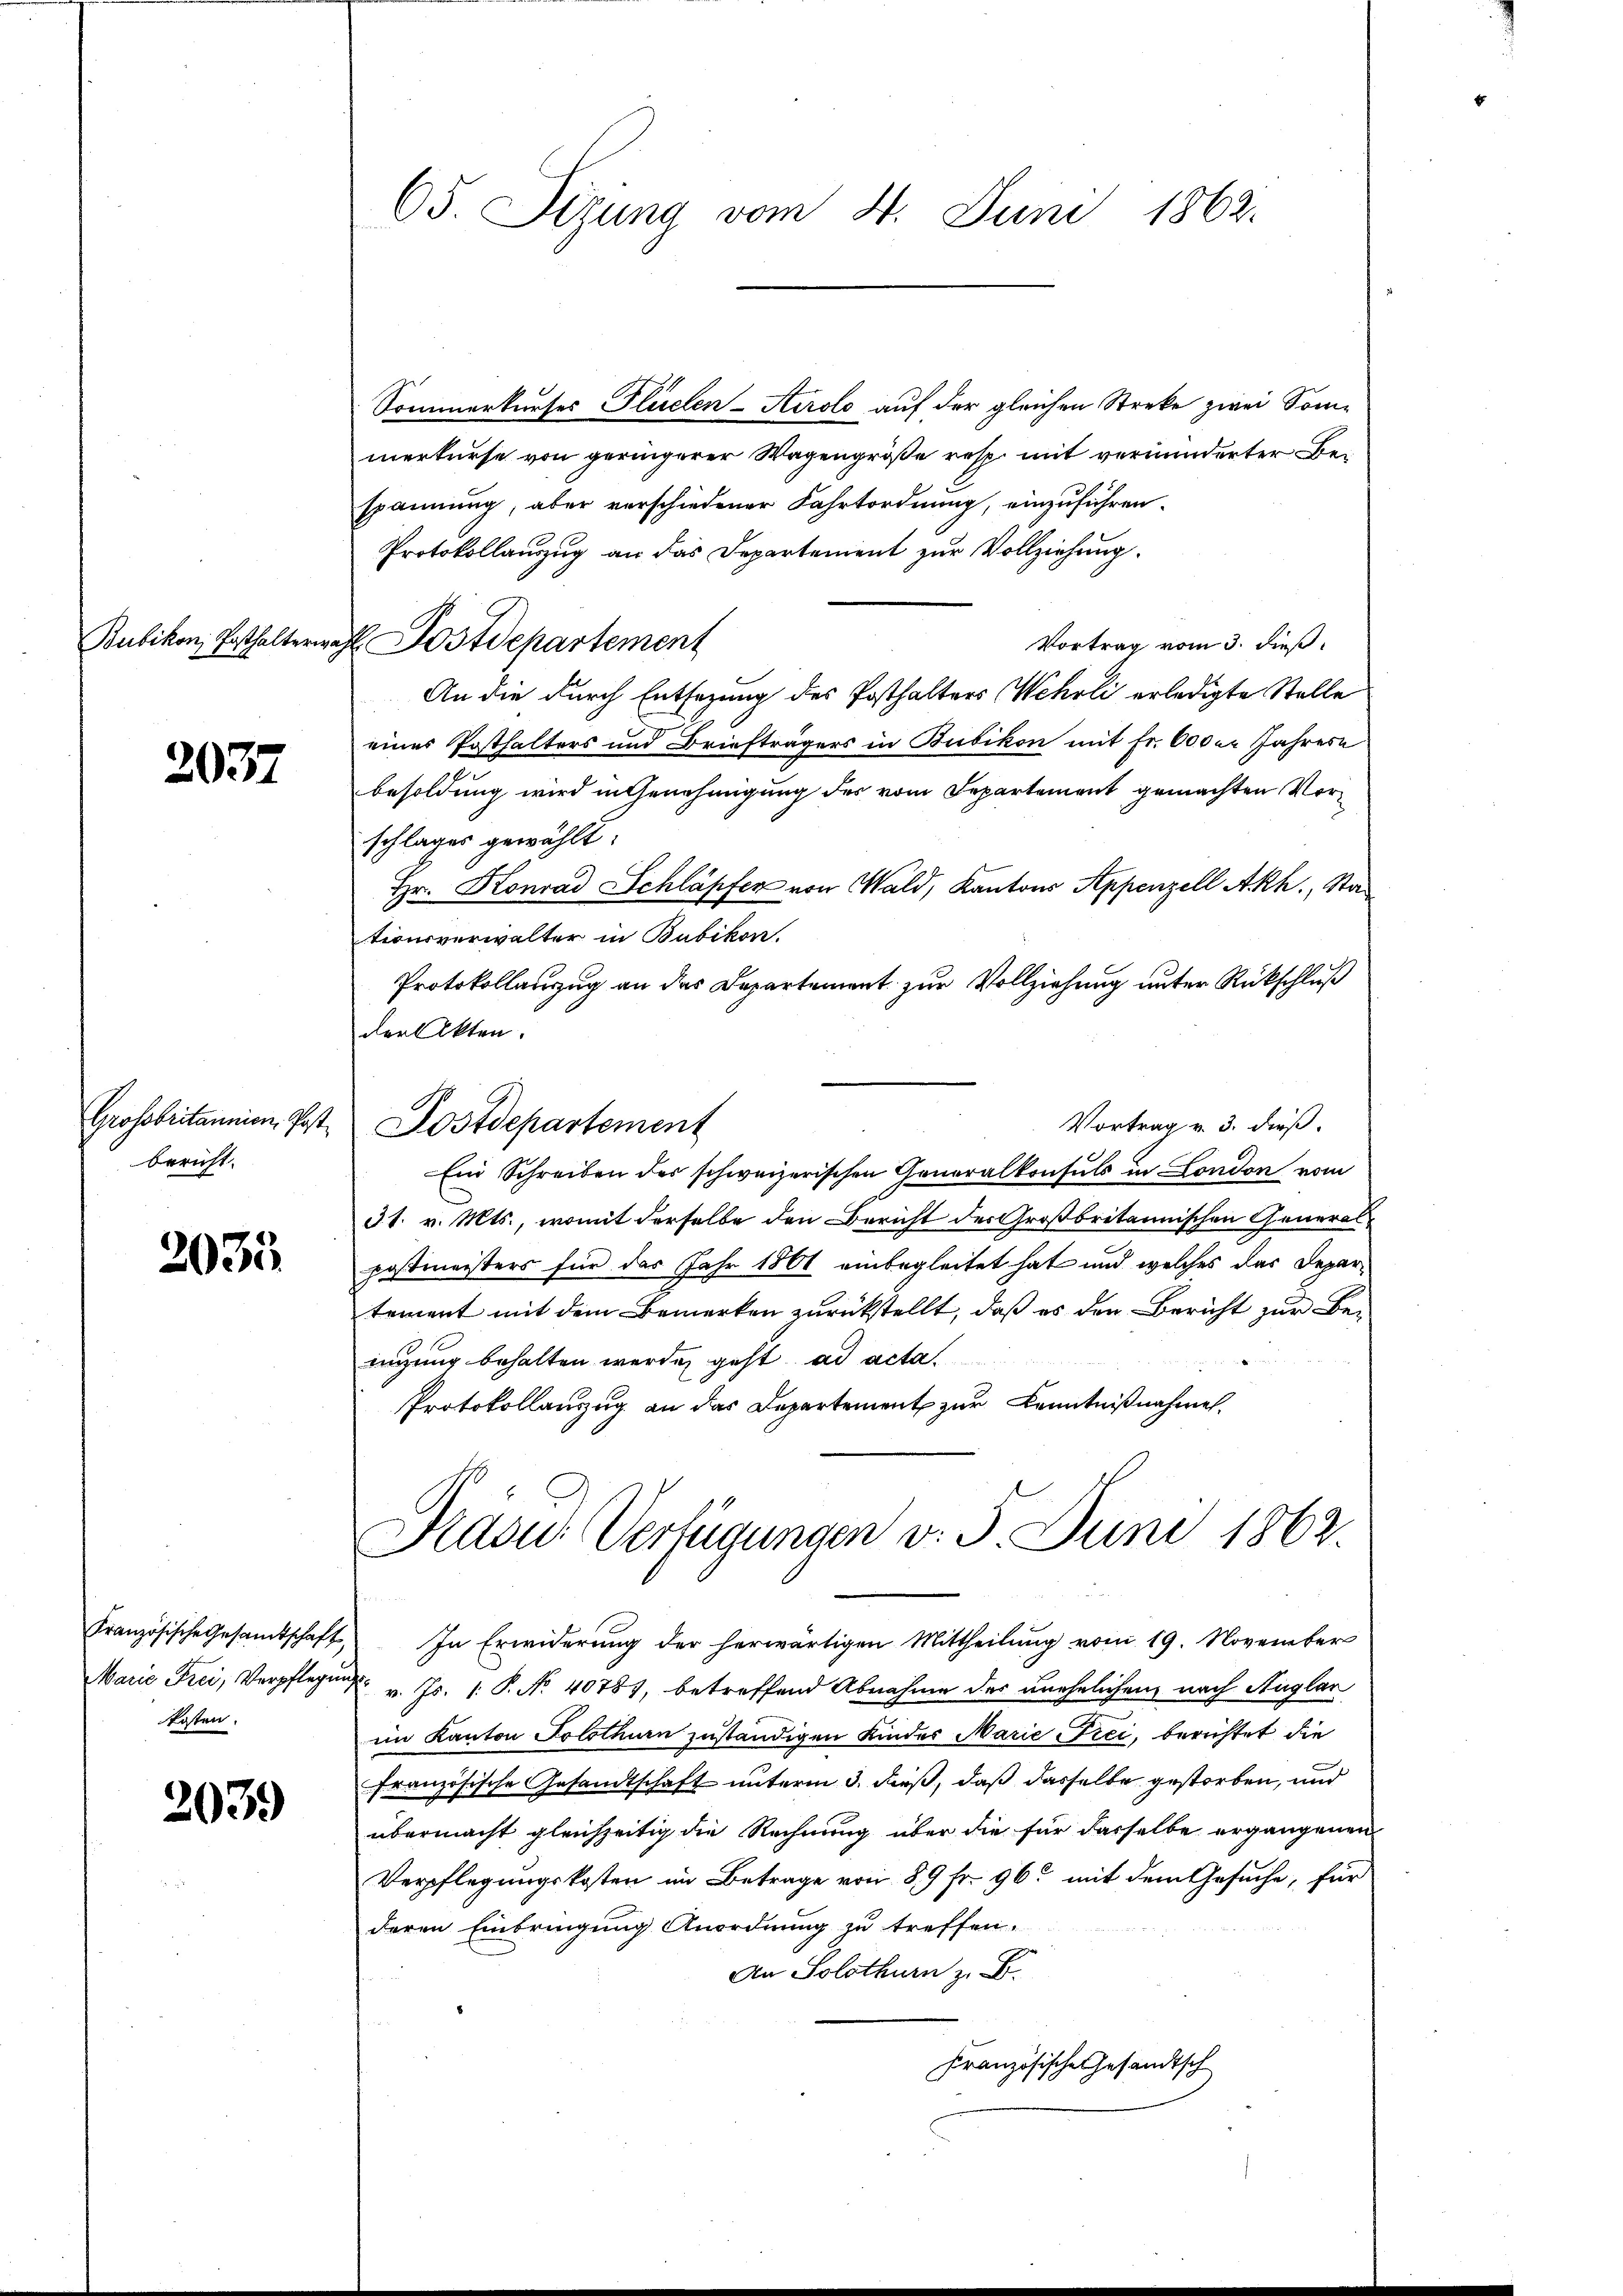
Bubikon, Posthalterin

2037

Grossbritannien, Postbericht.

2035

kosten.

2039

65. Sizung vom 4. Juni 1862.

Sommerkurses Flüelen-Airolo auf der gleichen Streke zwei Sommerkurse von geringerer Wagengröße resp. mit verminderter Bespannung, aber verschiedener Fahrtordnung, einzuführen.
Protokollauszug an das Departement zur Vollziehung.
 Postdepartement
Vortrag vom 3. dieß
An die durch Entsetzung des Posthalters Wehrli erledigte Stelle
eines Posthalters und Briefträgers in Bubikon mit Fr. 600er Jahrese
besoldung wird in Genehmigung des vom Separtement gemachten Vorschlages gewählt:
Hr. Konrad Schläpfer von Wald, Kantons Appenzell Akh., Stad
tionsverwalter in Bubikon.
Protokollanzug an der Departement zur Vollziehung unter Rückschluß
der Akten.
Vortrag v. 3. dieß.
Ein Schreiben des schweizerischen Generalkonsuls in London vom
31. v. Mts., womit derselbe den Bericht des Großbritannischen Generalpostmeisters für das Jahr 1861 einbegleitet hat und welches das Departement mit dem Bemerken zurückstellt, daß es den Bericht zur Beenzung behalten werde geht ad acta.
Protokollanzug an das Departement zur Kenntnißnahmen.
Prasus Verfügungen v. 5. Juni 1863.
Französische Gesamtschaft, In Erwiderŭng der herwärtigen Mittheilŭng vom 19. November
Marie Frei, Verpflegung v. Js. 1. P. Nr. 40787, betreffend Abnahme des unehelichen nach Auglar
im Kanton Solothurn zuständigen Kinder Marie Pici, berichtet die
französische Gesandtschaft unterm 3. dieß, daß dasselbe gestorben, und
übermacht gleichzeitig die Rechnung über die für dasselbe ergangenen
Verpflegungskosten im Betrage von 89 fr. 96 mit dem Gesuche, für
deren Einbringung Anordnung zu treffen.
An Solothurn z. B.
Französische Gesandtsch

Postdepartement